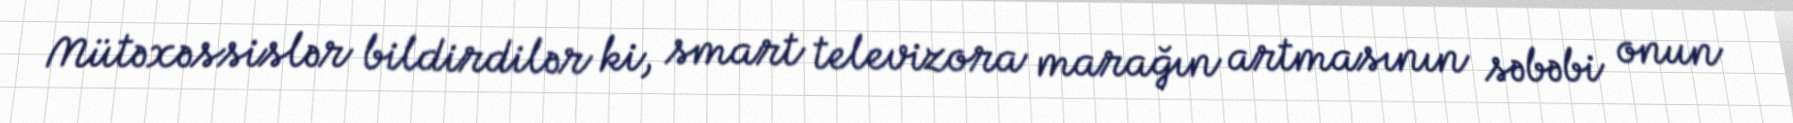
Mütəxəssislər bildirdilər ki, smart televizora marağın artmasının səbəbi onun